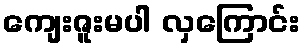
ကျေးဇူးမပါ လှကြောင်း